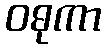
ဝဓုကာ